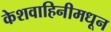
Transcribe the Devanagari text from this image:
केशवाहिनीमधून